Lunatic asylums United Prov. 1922-30 - 1922-1930
Year: 1922
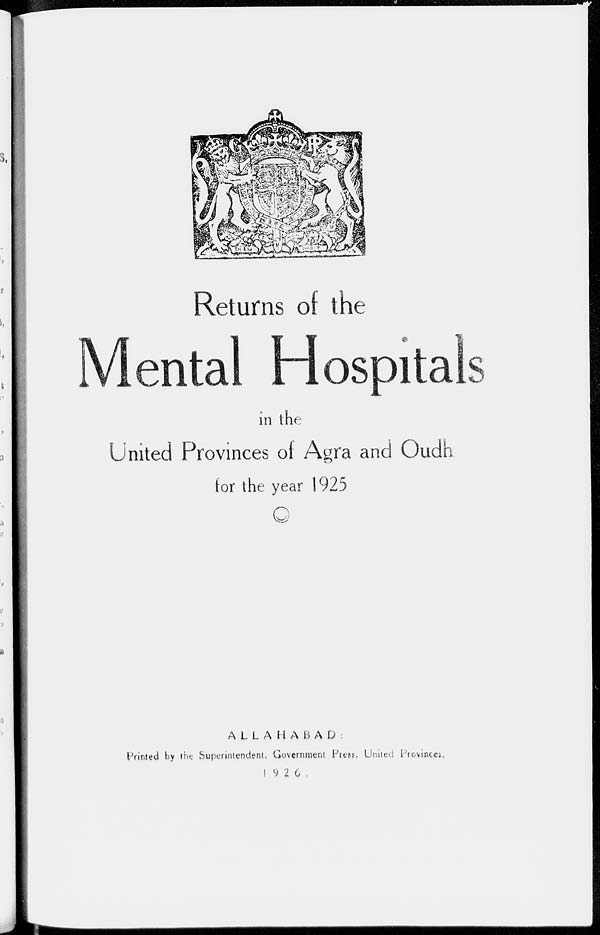
Returns of the
Mental Hospitals
in the
United Provinces of Agra and Oudh
for the year 1925
ALLAHABAD
Printed by the Superintendent, Government Press, United Provinces,
1926